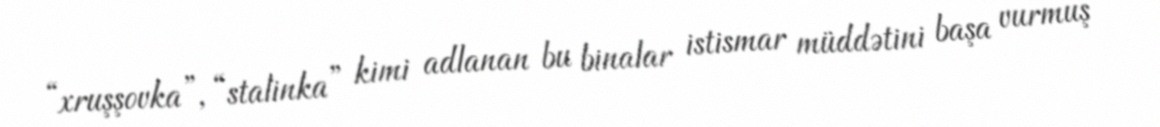
“xruşşovka”, “stalinka” kimi adlanan bu binalar istismar müddətini başa vurmuş